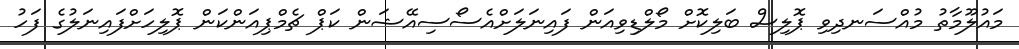
މައުލޫމާތު މުއްސަނދިވި ޕޮލިސް ބަލިކޮށް މޯލްޑިވިއަން ފައިނަލަށްއެސޯސިއޭޝަން ކަޕް ޗެމްޕިއަންކަން ޕޮލިހަށްފައިނަލުގެ ފަހު